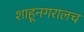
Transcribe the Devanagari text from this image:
शाहूनगरालच